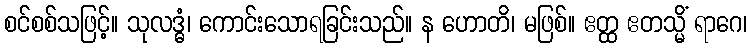
စင်စစ်သဖြင့်။ သုလဒ္ဓံ၊ ကောင်းသောရခြင်းသည်။ န ဟောတိ၊ မဖြစ်။ ဧတ္ထ ဧတသ္မိံ ရာဂေ၊